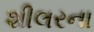
શીલરના